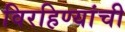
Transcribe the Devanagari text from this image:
विरहिण्यांची